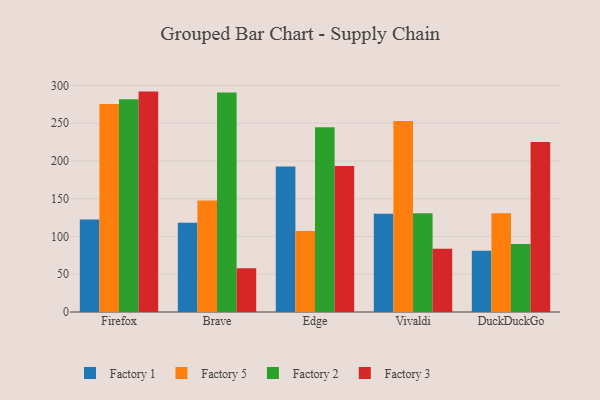
{"axis": {"x": "Browser", "y": "LTV (USD)"}, "legend": ["Factory 1", "Factory 2", "Factory 3", "Factory 5"], "data": [{"x": "Firefox", "y": 122.5, "type": "Factory 1"}, {"x": "Firefox", "y": 275.4, "type": "Factory 5"}, {"x": "Firefox", "y": 281.8, "type": "Factory 2"}, {"x": "Firefox", "y": 291.9, "type": "Factory 3"}, {"x": "Brave", "y": 118.2, "type": "Factory 1"}, {"x": "Brave", "y": 147.8, "type": "Factory 5"}, {"x": "Brave", "y": 290.6, "type": "Factory 2"}, {"x": "Brave", "y": 57.8, "type": "Factory 3"}, {"x": "Edge", "y": 192.7, "type": "Factory 1"}, {"x": "Edge", "y": 107.3, "type": "Factory 5"}, {"x": "Edge", "y": 244.8, "type": "Factory 2"}, {"x": "Edge", "y": 193.4, "type": "Factory 3"}, {"x": "Vivaldi", "y": 130.1, "type": "Factory 1"}, {"x": "Vivaldi", "y": 253.1, "type": "Factory 5"}, {"x": "Vivaldi", "y": 130.9, "type": "Factory 2"}, {"x": "Vivaldi", "y": 83.7, "type": "Factory 3"}, {"x": "DuckDuckGo", "y": 81.0, "type": "Factory 1"}, {"x": "DuckDuckGo", "y": 130.8, "type": "Factory 5"}, {"x": "DuckDuckGo", "y": 90.1, "type": "Factory 2"}, {"x": "DuckDuckGo", "y": 225.2, "type": "Factory 3"}]}